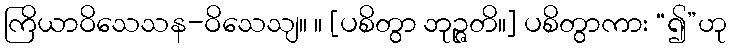
ကြိယာဝိသေသန-ဝိသေသျ။ ။ [ပစိတွာ ဘုဉ္ဇတိ။] ပစိတွာကား “၍”ဟု